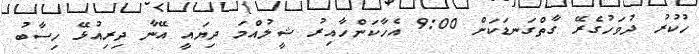
ހުކުރު ދުވަހުގެރޭ ގާތްގަނޑަކަށް 9:00 އެހާކަންހާއިރު ޝީލުއްމަ ދިޔައީ އޭނާ ދިރިއުޅޭ ހިސާބު